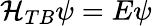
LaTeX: \mathcal{H}_{TB}\psi=E\psi